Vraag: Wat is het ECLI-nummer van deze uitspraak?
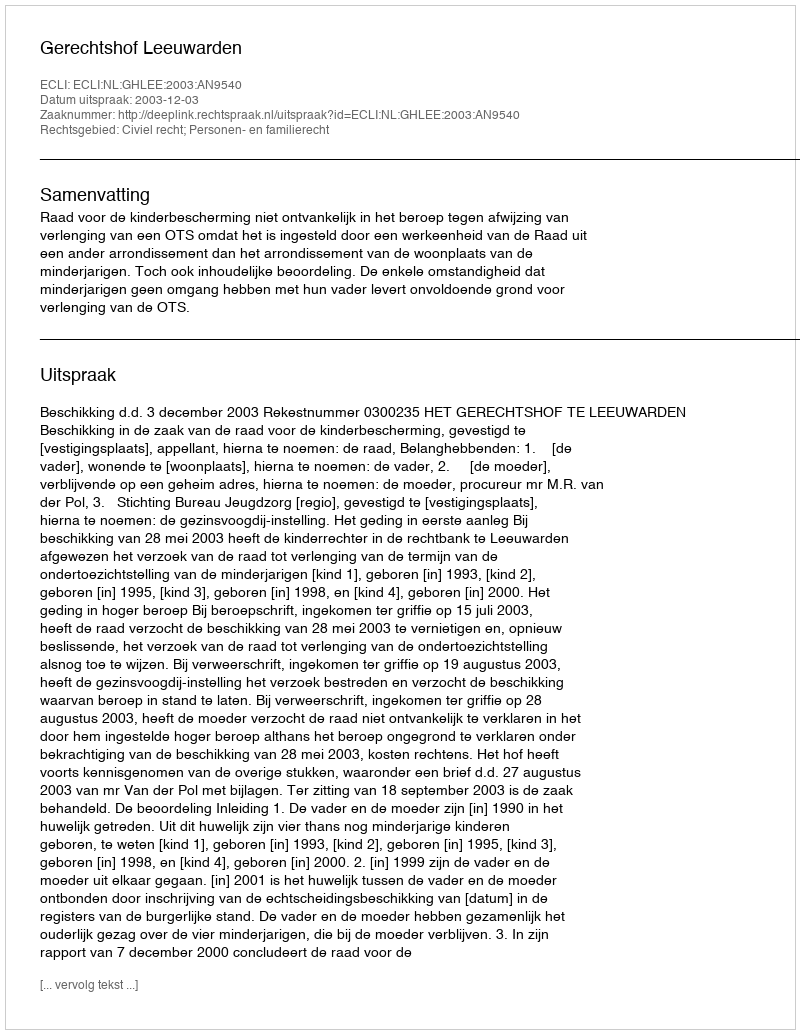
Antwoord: ECLI:NL:GHLEE:2003:AN9540